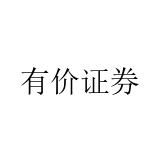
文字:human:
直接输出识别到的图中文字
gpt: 有价证券